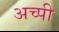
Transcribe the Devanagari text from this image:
अच्पी